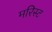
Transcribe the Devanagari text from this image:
मरिस्ट